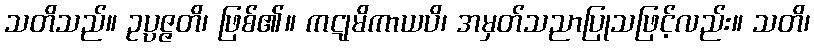
သတိသည်။ ဥပ္ပဇ္ဇတိ၊ ဖြစ်၏။ ကဋုမိကာယပိ၊ အမှတ်သညာပြုသဖြင့်လည်း။ သတိ၊